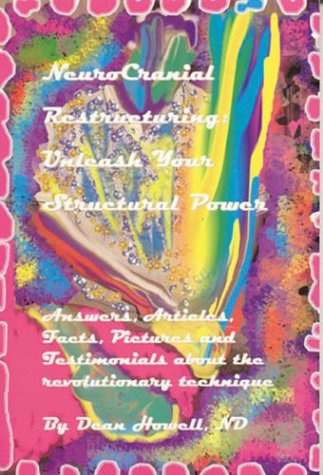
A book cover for NeuroCranial Restructuring Unleash Your Structural Power: Answers, Articles, Facts, Pictures and Testimonials about the revolutionary technique; Dean Howell; Health, Fitness & Dieting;